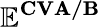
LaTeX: \mathbf{\mathbb{E}^{CVA/B}}